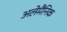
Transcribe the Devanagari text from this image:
अलेमैनिक